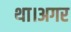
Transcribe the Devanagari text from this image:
था।अगर